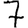
Digit: 7